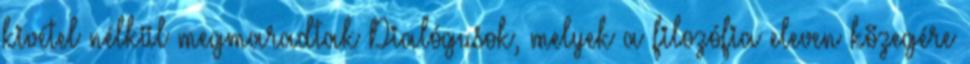
kivétel nélkül megmaradtak Dialógusok, melyek a filozófia eleven közegére